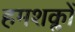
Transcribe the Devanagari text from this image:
हमशक्लों